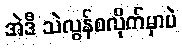
အဲဒီ သဲလွန်စလိုက်မှာပဲ